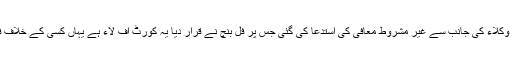
تین ملزموں کے وکلاء کی جانب سے غیر مشروط معافی کی استدعا کی گئی جس پر فل بنچ نے قرار دیا یہ کورٹ آف لاء ہے یہاں کسی کے خلاف فیصلہ نہیں ہوگا۔